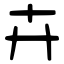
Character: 卉